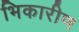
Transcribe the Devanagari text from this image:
भिकारीण